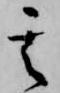
其